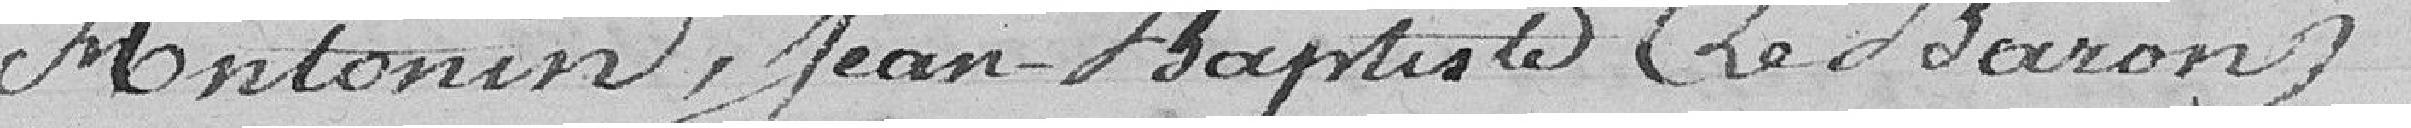
Antonin, Jean-Baptiste (Le Baron)